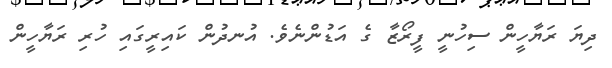
ދިޔަ ރަޔާހީން ސިހުނީ ފީރޯޒާ ގެ އަޑުންނެވެ. އުނދުން ކައިރީގައި ހުރި ރަޔާހީން